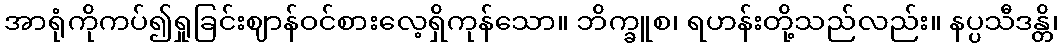
အာရုံကိုကပ်၍ရှုခြင်းဈာန်ဝင်စားလေ့ရှိကုန်သော။ ဘိက္ခူစ၊ ရဟန်းတို့သည်လည်း။ နပ္ပသီဒန္တိ၊